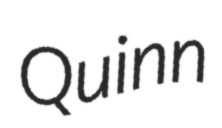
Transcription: Quinn